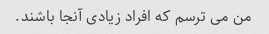
من می ترسم که افراد زیادی آنجا باشند.